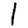
Digit: 1